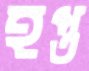
হপ্ত